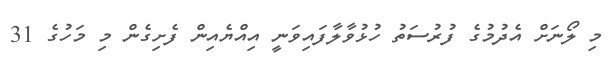
މި ލޯނަށް އެދުމުގެ ފުރުސަތު ހުޅުވާލާފައިވަނީ އިއްޔެއިން ފެށިގެން މި މަހުގެ 31